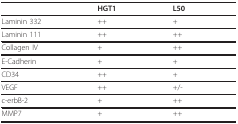
<table><thead><tr><td></td><td><b>HGT1</b></td><td><b>L50</b></td></tr></thead><tbody><tr><td>Laminin 332</td><td>++</td><td>+</td></tr><tr><td>Laminin 111</td><td>++</td><td>++</td></tr><tr><td>Collagen IV</td><td>+</td><td>++</td></tr><tr><td>E-Cadherin</td><td>+</td><td>+</td></tr><tr><td>CD34</td><td>++</td><td>+</td></tr><tr><td>VEGF</td><td>++</td><td>+/-</td></tr><tr><td>c-erbB-2</td><td>+</td><td>++</td></tr><tr><td>MMP7</td><td>+</td><td>++</td></tr></tbody></table>